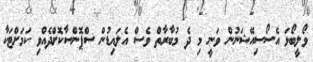
ވޯލީބޯޅަ އެސޯސިއޭޝަނުން ވަނީ މި ދެ މުބާރާތް ވެސް އެލައިޑުން ސްޕޮންސާކޮށްދެއްވި ކަމަށްޓަކާ